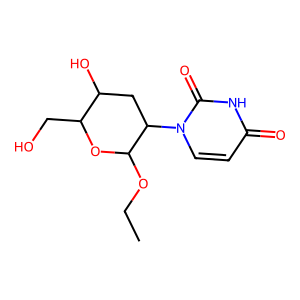
SMILES: CCOC1OC(CO)C(O)CC1n1ccc(=O)[nH]c1=O
Inhibits HIV replication: No